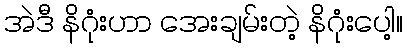
အဲဒီ နိဂုံးဟာ အေးချမ်းတဲ့ နိဂုံးပေါ့။